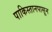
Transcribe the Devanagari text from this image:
पाकिस्तानपासून